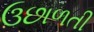
ઉછાળતી